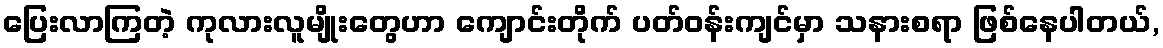
ပြေးလာကြတဲ့ ကုလားလူမျိုးတွေဟာ ကျောင်းတိုက် ပတ်ဝန်းကျင်မှာ သနားစရာ ဖြစ်နေပါတယ်,